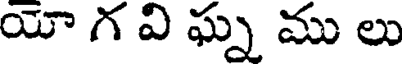
యో గ వి ఘ్న ము లు